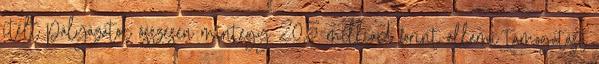
ítélt pályázatok összesen mintegy 20,5 milliárd forint állami támogatást